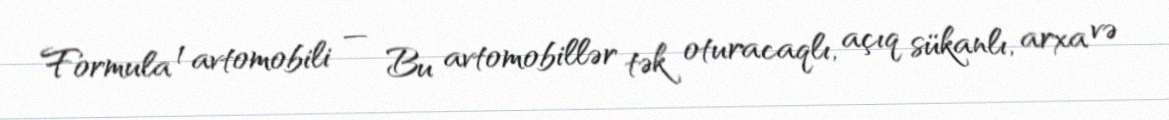
Formula 1 avtomobili — Bu avtomobillər tək oturacaqlı, açıq sükanlı, arxa və